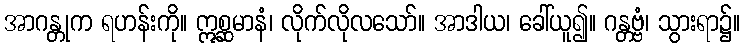
အာဂန္တုက ရဟန်းကို။ ဣစ္ဆမာနံ၊ လိုက်လိုလသော်။ အာဒါယ၊ ခေါ်ယူ၍။ ဂန္တဗ္ဗံ၊ သွားရာ၌။